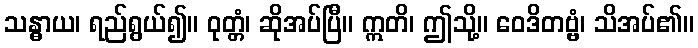
သန္ဓာယ၊ ရည်ရွယ်၍။ ဝုတ္တံ၊ ဆိုအပ်ပြီ။ ဣတိ၊ ဤသို့။ ဝေဒိတဗ္ဗံ၊ သိအပ်၏။